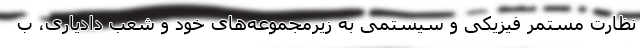
نظارت مستمر فیزیکی و سیستمی به زیرمجموعه‌های خود و شعب دادیاری، ب